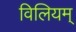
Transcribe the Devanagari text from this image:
विलियम्